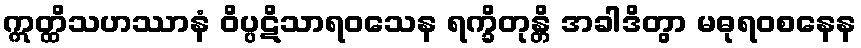
ဣတ္ထိသဟဿာနံ ဝိပ္ပဋိသာရဝသေန ရက္ခိတုန္တိ အခါဒိတွာ မဓုရဝစနေန